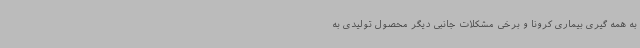
به همه گیری بیماری کرونا و برخی مشکلات جانبی دیگر محصول تولیدی به